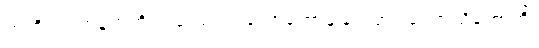
ဣတိ၊ ဤအနက်ကို။ ဒဿေတုံ၊ ဟောတော်မူခြင်းငှာ။ စေတသိကောတိ၊